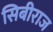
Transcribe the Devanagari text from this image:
सिबीराज